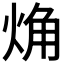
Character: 𧣌